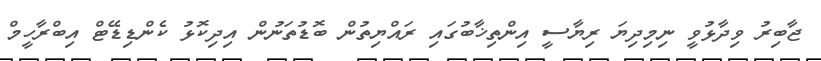
ޖާބިރު ވިދާޅުވީ ނިމިދިޔަ ރިޔާސީ އިންތިޚާބުގައި ރައްޔިތުން ބޮޑުތަނުން އިދިކޮޅު ކެންޑިޑޭޓް އިބްރާހީމް